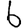
Digit: 6